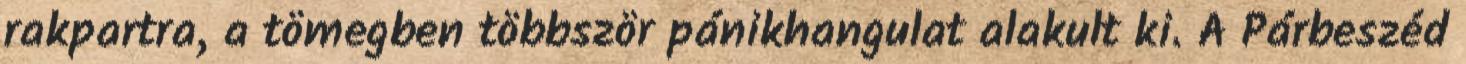
rakpartra, a tömegben többször pánikhangulat alakult ki. A Párbeszéd